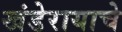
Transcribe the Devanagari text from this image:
खंडेरायाचे